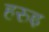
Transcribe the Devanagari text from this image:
हरुइ